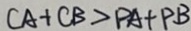
C A + C B > P A + P B